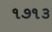
૧૭૧૩